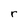
Character: r